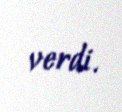
verdi.